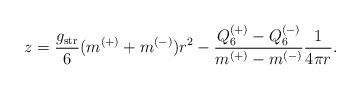
LaTeX: \begin{align*}z=\frac{g_{\rm str}}{6}(m^{(+)}+m^{(-)})r^2 -\frac{Q_6^{(+)}-Q_6^{(-)}}{m^{(+)}-m^{(-)}}\frac{1}{4\pi r}.\end{align*}